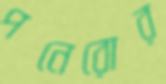
পনেরোর